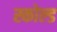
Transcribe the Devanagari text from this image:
स्कोल्ड